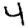
Digit: 4